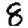
Digit: 8